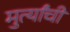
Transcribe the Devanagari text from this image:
मुर्त्यांची